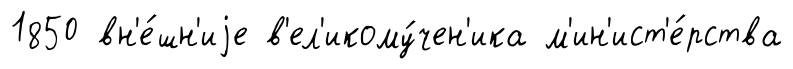
1850 вн'е́шн'иjе в'ел'икому́чен'ика м'ин'ист'е́рства